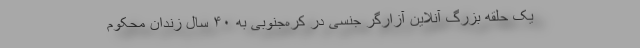
یک حلقه بزرگ آنلاین آزارگر جنسی در کره‌جنوبی به ۴۰ سال زندان محکوم